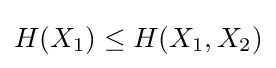
H(X_{1})\leq H(X_{1},X_{2})